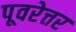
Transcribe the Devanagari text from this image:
पूवरेत्तर